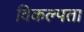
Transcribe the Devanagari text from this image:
विकल्पता